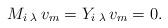
LaTeX: \begin{align*}M_i\,{}_\lambda\, v_m=Y_i\,{}_\lambda\, v_m=0.\end{align*}